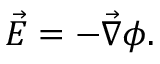
{ \vec { E } } = - { \vec { \nabla } } \phi .